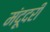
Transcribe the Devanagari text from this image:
मंदूदरी